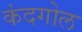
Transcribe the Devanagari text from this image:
कंदगोल